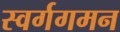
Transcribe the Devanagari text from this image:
स्वर्गगमन